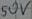
Text: 50V